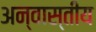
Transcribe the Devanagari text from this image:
अन्वास्तीय